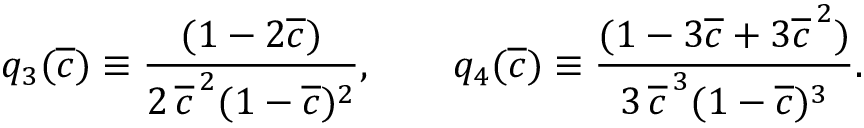
\begin{array} { c c c } { \displaystyle { q _ { 3 } ( \overline { { c } } ) \equiv \frac { ( 1 - 2 \overline { { c } } ) } { 2 \, \overline { { c } } ^ { \, 2 } ( 1 - \overline { { c } } ) ^ { 2 } } , \qquad q _ { 4 } ( \overline { { c } } ) \equiv \frac { ( 1 - 3 \overline { { c } } + 3 \overline { { c } } ^ { \, 2 } ) } { 3 \, \overline { { c } } ^ { \, 3 } ( 1 - \overline { { c } } ) ^ { 3 } } . } } \end{array}